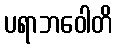
ပရာဘဝေါတိ